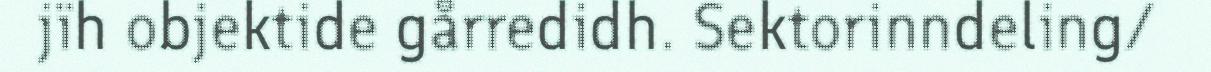
jïh objektide gårredidh. Sektorinndeling/